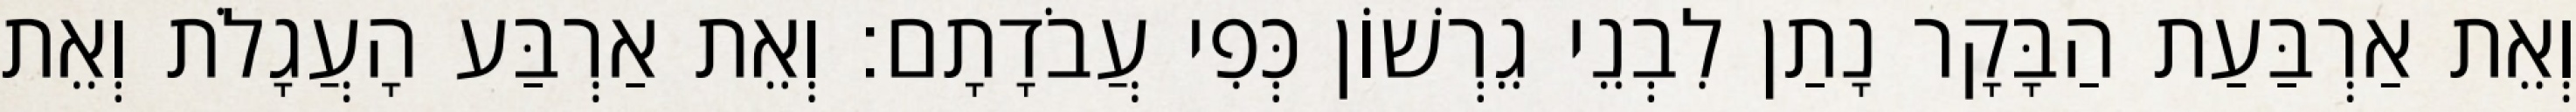
וְאֵת אַרְבַּעַת הַבָּקָר נָתַן לִבְנֵי גֵרְשׁוֹן כְּפִי עֲבֹדָתָם׃ וְאֵת אַרְבַּע הָעֲגָלֹת וְאֵת